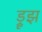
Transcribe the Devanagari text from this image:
ड्रूझ